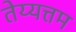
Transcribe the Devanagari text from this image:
तेय्यत्तम